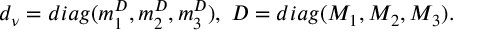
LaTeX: d _ { \nu } = d i a g ( m _ { 1 } ^ { D } , m _ { 2 } ^ { D } , m _ { 3 } ^ { D } ) , \; D = d i a g ( M _ { 1 } , M _ { 2 } , M _ { 3 } ) .